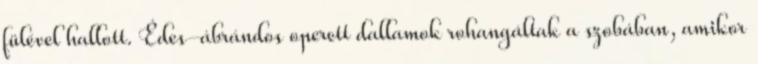
fülével hallott. Édes-ábrándos operett dallamok rohangáltak a szobában, amikor